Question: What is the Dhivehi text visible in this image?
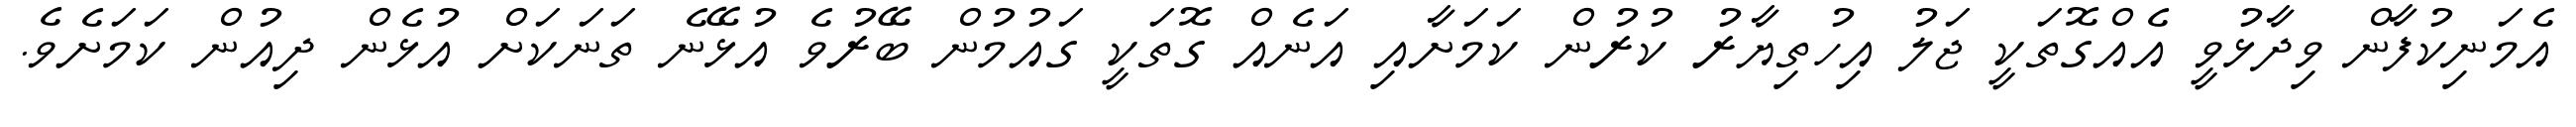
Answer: އެމަނިކުފާން ވިދާޅުވީ އެއްގޮތަކީ ޖަލު އިހުތިޔާރު ކުރުން ކަމަށާއި އަނެއް ގޮތަކީ ގައުމުން ބޭރުވެ އުޅޭނެ ތަނަކަށް އުޅެން ދިއުން ކަމަށެވެ.